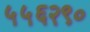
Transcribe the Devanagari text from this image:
५५६२९०